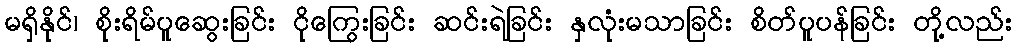
မရှိနိုင်၊ စိုးရိမ်ပူဆွေးခြင်း ငိုကြွေးခြင်း ဆင်းရဲခြင်း နှလုံးမသာခြင်း စိတ်ပူပန်ခြင်း တို့လည်း